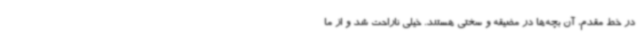
در خط مقدم، آن بچه‌ها در مضیقه و سختی هستند. خیلی ناراحت شد و از ما